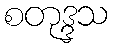
စတုဒ္ဒသ